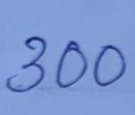
300